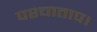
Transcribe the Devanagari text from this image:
पश्चाताप।